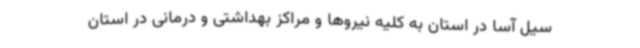
سیل آسا در استان به کلیه نیروها و مراکز بهداشتی و درمانی در استان